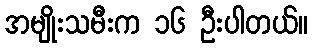
အမျိုးသမီးက ၁၆ ဦးပါတယ်။